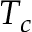
T _ { c }